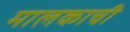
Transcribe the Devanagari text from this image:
मालकाची